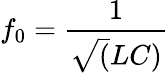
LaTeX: f_{0}=\frac{1}{\sqrt(LC)}